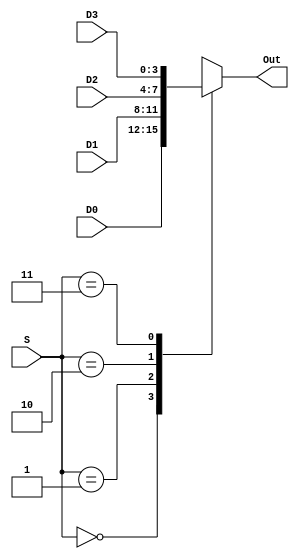
`timescale 1ns / 1ps
//////////////////////////////////////////////////////////////////////////////////
// Company: 
// 
// Design Name: 
// Module Name: mux4to1
// Project Name: 
// Target Devices: 
// Tool Versions: 
// Description: 4 to 1 multiplexer
// 
// Dependencies: 
// 
// Revision:
// Revision 0.01 - File Created
// Additional Comments:
// 
//////////////////////////////////////////////////////////////////////////////////


module mux4to1(
    input [3:0] D0,
    input [3:0] D1,
    input [3:0] D2,
    input [3:0] D3,
    input [1:0] S,
    output reg [3:0] Out
    );
    
    //Simple 4 to 1 multiplexer
    always @(*) begin
    case (S)
        2'b00: Out <= D0;
        2'b01: Out <= D1;
        2'b10: Out <= D2;
        2'b11: Out <= D3;
    endcase
    end
endmodule